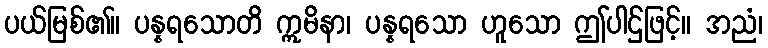
ပယ်မြစ်၏။ ပန္နရသောတိ ဣမိနာ၊ ပန္နရသော ဟူသော ဤပါဌ်ဖြင့်။ အညံ၊